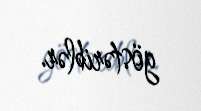
göstəriblər.